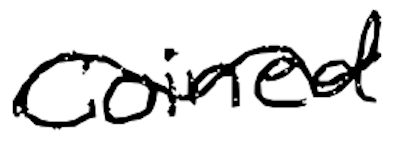
Text: coined
Cross-out: wave
Writing tool: digital_black